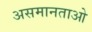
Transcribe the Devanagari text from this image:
असमानताओ